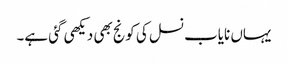
یہاں نایاب نسل کی کونج بھی دیکھی گئی ہے۔